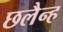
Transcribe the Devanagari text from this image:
छलैन्ह